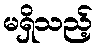
မရှိသည့်